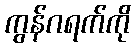
ကွန်ဂရက်ကို